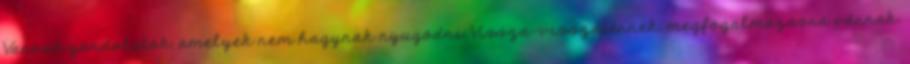
Vannak gondolatok, amelyek nem hagynak nyugodni. Vissza-visszatérnek, megfogalmazásra várnak.